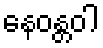
နေဝန္တဝါ